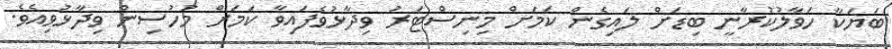
ބަޔަކާ ހަވާލުކުރާނީ ބިޑަށް ލައިގެން ކަމަށް މިނިސްޓަރު ވިދާޅުވެފައިވާ ކަމަށް މުހުސިން ވިދާޅުވިއެވެ.